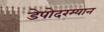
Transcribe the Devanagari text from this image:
डेपोदरम्यान